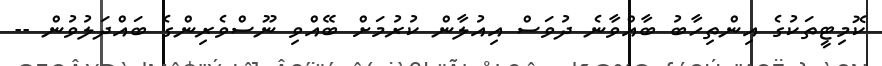
ކޮމިޓީތަކުގެ އިންތިހާބު ބާއްވާނެ ދުވަސް އިއުލާން ކުރުމަށް ބޭއްވި ނޫސްވެރިންގެ ބައްދަލުވުން --